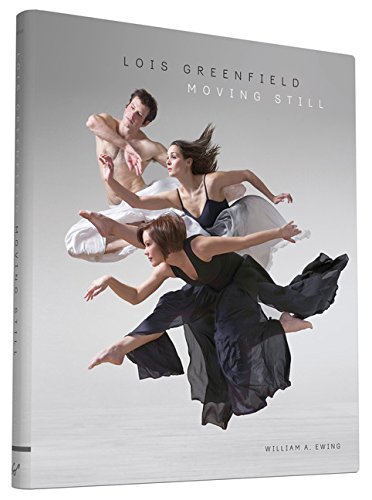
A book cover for Lois Greenfield: Moving Still; William A. Ewing; Humor & Entertainment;